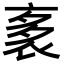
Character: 袲